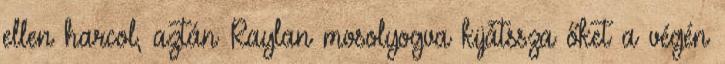
ellen harcol, aztán Raylan mosolyogva kijátssza őket a végén